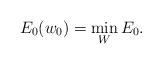
LaTeX: \begin{align*}E_0(w_0)=\min_WE_0.\end{align*}